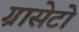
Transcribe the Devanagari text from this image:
ग्रासेटो